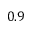
0 . 9